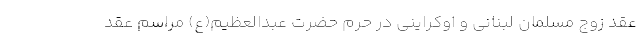
عقد زوج مسلمان لبنانی و اوکراینی در حرم حضرت عبدالعظیم(ع) مراسم عقد